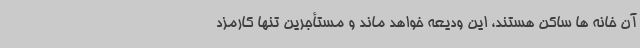
آن خانه ها ساکن هستند، این ودیعه خواهد ماند و مستأجرین تنها کارمزد